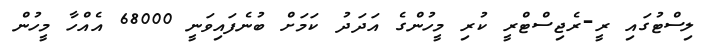
ލިސްޓުގައި ރީ-ރެޖިސްޓްރީ ކުރި މީހުންގެ އަދަދު ކަމަށް ބުނެފައިވަނީ 68000 އެއްހާ މީހުން